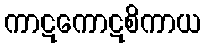
ကာဋကောဋစိကာယ